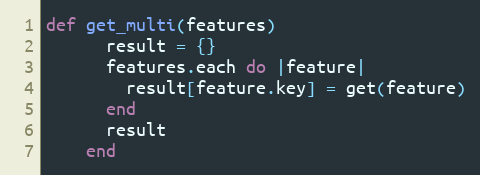
Language: Ruby
def get_multi(features)
      result = {}
      features.each do |feature|
        result[feature.key] = get(feature)
      end
      result
    end